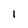
Character: l